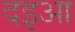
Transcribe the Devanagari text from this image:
दइआ